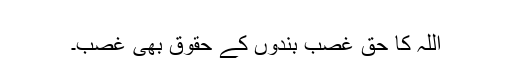
​
اللہ کا حق غصب بندوں کے حقوق بھی غصب۔